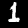
Label: 1